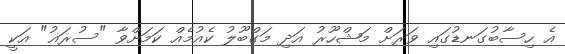
އެ ހިސާބުގަނޑުގައި ވަރަށް މަޝްހޫރު އަދި މަގްބޫލު ކެއުމެއް ކަމަށްވާ "ސުރަޣު" އަކީ